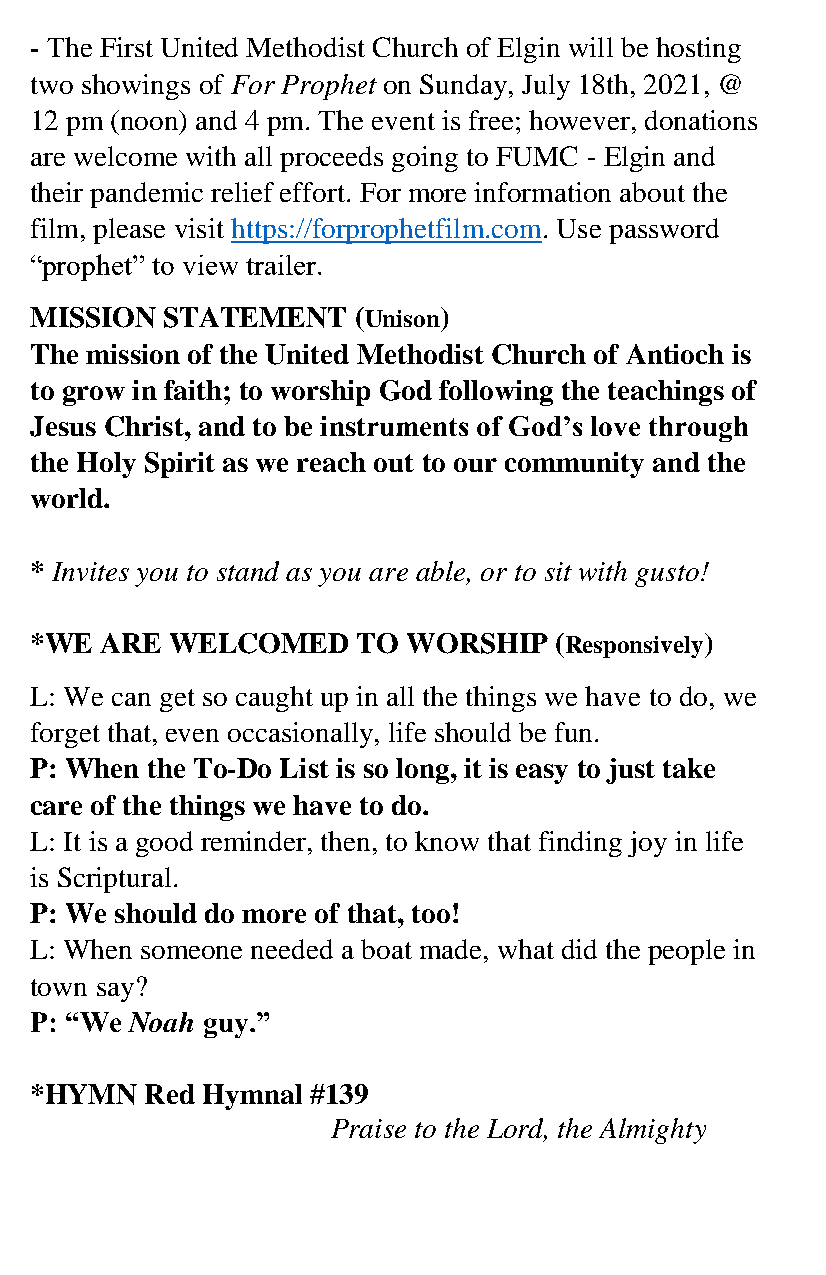
- The First United Methodist Church of Elgin will be hosting
 two showings of For Prophet on Sunday, July 18th, 2021, @
 12 pm (noon) and 4 pm. The event is free; however, donations
 are welcome with all proceeds going to FUMC - Elgin and
 their pandemic relief effort. For more information about the
 film, please visit https://forprophetfilm.com. Use password
 “prophet” to view trailer.
 MISSION  STATEMENT   (Unison)
 The mission of the United Methodist Church of Antioch is
 to grow in faith; to worship God following the teachings of
 Jesus Christ, and to be instruments of God’s love through
 the Holy Spirit as we reach out to our community and the
 world.
 * Invites you to stand as you are able, or to sit with gusto!
 *WE  ARE WELCOMED     TO WORSHIP   (Responsively)
 L: We can get so caught up in all the things we have to do, we
 forget that, even occasionally, life should be fun.
 P: When the To-Do List is so long, it is easy to just take
 care of the things we have to do.
 L: It is a good reminder, then, to know that finding joy in life
 is Scriptural.
 P: We should do more of that, too!
 L: When someone needed a boat made, what did the people in
 town say?
 P: “We Noah guy.”
 *HYMN   Red Hymnal #139
 Praise to the Lord, the Almighty